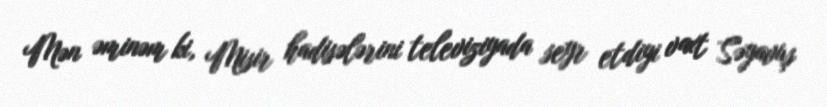
Mən əminəm ki, Misir hadisələrini televiziyada seyr etdiyi vaxt Səyavuş